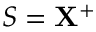
S = \mathbf { X } ^ { + }